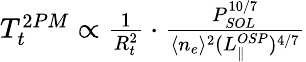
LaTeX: \begin{array}{r}{T_{t}^{2PM}\propto\frac{1}{R_{t}^{2}}\cdot\frac{P_{SOL}^{10/7}}{\langle n_{e}\rangle^{2}(L_{\parallel}^{OSP})^{4/7}}}\end{array}